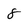
Character: 8